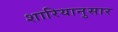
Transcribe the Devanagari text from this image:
शारियानुसार